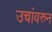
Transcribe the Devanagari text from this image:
उचांवरुन